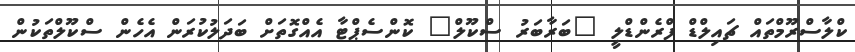
ކްލާސްރޫމްތައް ޗައިލްޑް ފްރެންޑްލީ "ބަރާބަރު ސްކޫލް" ކޮންސެޕްޓާ އެއްގޮތަށް ބަދަލުކުރަން އެހެން ސްކޫލްތަކުން